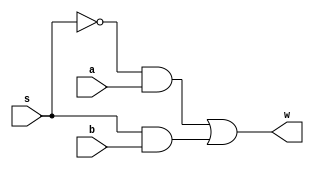
`timescale 1ns/1ns
module mux1(input a,b,s,output w);
	wire w1,w2,ns;
	not(ns,s);
	and(w1,ns,a);
	and(w2,s,b);
	or(w,w1,w2);
endmodule
module mux8(input[7:0] a,input[7:0] b,input s,output[7:0] w);
	genvar i;
	generate for(i=0;i<8;i=i+1) begin
		mux1 t(a[i],b[i],s,w[i]);
	end
	endgenerate
endmodule
module mux13(input[12:0] a,input[12:0] b,input s,output[12:0] w);
	genvar i;
	generate for(i=0;i<13;i=i+1) begin
		mux1 t(a[i],b[i],s,w[i]);
	end
	endgenerate
endmodule
module mux3(input[2:0] a,input[2:0] b,input s,output[2:0] w);
	genvar i;
	generate for(i=0;i<3;i=i+1) begin
		mux1 t(a[i],b[i],s,w[i]);
	end
	endgenerate
endmodule
module mux2(input[1:0] a,input[1:0] b,input s,output[1:0] w);
	genvar i;
	generate for(i=0;i<2;i=i+1) begin
		mux1 t(a[i],b[i],s,w[i]);
	end
	endgenerate
endmodule